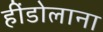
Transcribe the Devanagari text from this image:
हींडोलाना